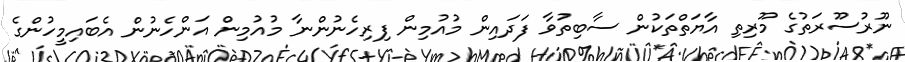
ނޫރުސޫރަތުގެ މޫރިތި އާޔަތްތަކުން ސާބިތުވާ ފަދައިން މުއުމިން ފިރިހެނުންނާ މުއުމިން އަންހެނުން އެބައިމީހުންގެ